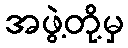
အဖွဲ့တို့မှ